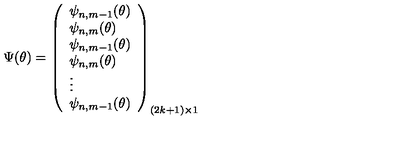
\Psi ( \theta ) = \left( \begin{array} { l r } { \psi _ { n , m - 1 } ( \theta ) } \\ { \psi _ { n , m } ( \theta ) } \\ { \psi _ { n , m - 1 } ( \theta ) } \\ { \psi _ { n , m } ( \theta ) } \\ { \vdots } \\ { \psi _ { n , m - 1 } ( \theta ) } \\ \end{array} \right) _ { ( 2 k + 1 ) \times 1 }